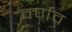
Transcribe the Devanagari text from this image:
वर्णव